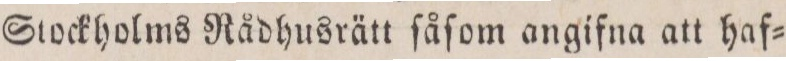
Stockholms Nådhusrätt ſåſom angifna att haf=